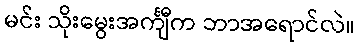
မင်း သိုးမွေးအင်္ကျီက ဘာအရောင်လဲ။